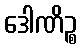
ဒေါဏိဉ္စ